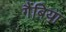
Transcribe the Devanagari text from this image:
गैंबिया